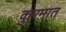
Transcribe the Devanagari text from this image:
कुरमात